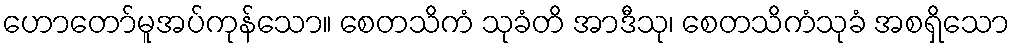
ဟောတော်မူအပ်ကုန်သော။ စေတသိကံ သုခံတိ အာဒီသု၊ စေတသိကံသုခံ အစရှိသော